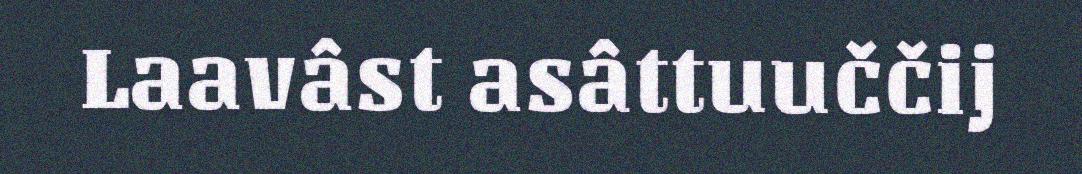
Laavâst asâttuuččij